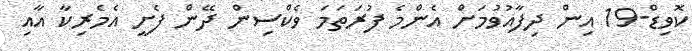
ކޮވިޑް-19 އިން ދިފާއުވުމަށް އެންމެ ފުރަތަމަ ވެކްސިން ދޭން ފެށީ އެމެރިކާ އާއި